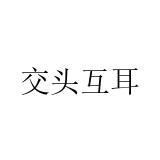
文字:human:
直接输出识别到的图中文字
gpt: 交头互耳